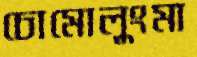
চোমোলুংমা